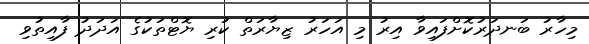
މިހާރު ބަނދަރުކޮށްފައިވާ އިރު މި އަހަރު ޒިޔާރަތް ކުރި ޔޮޓްތަކުގެ އަދަދު ފާއިތުވި